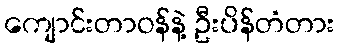
ကျောင်းတာဝန်နဲ့ ဦးပိန်တံတား